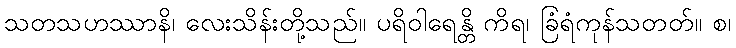
သတသဟဿာနိ၊ လေးသိန်းတို့သည်။ ပရိဝါရေန္တိ ကိရ၊ ခြံရံကုန်သတတ်။ စ၊